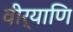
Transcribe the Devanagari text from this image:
वीर्याणि